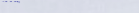
OPEN 24 HOURS